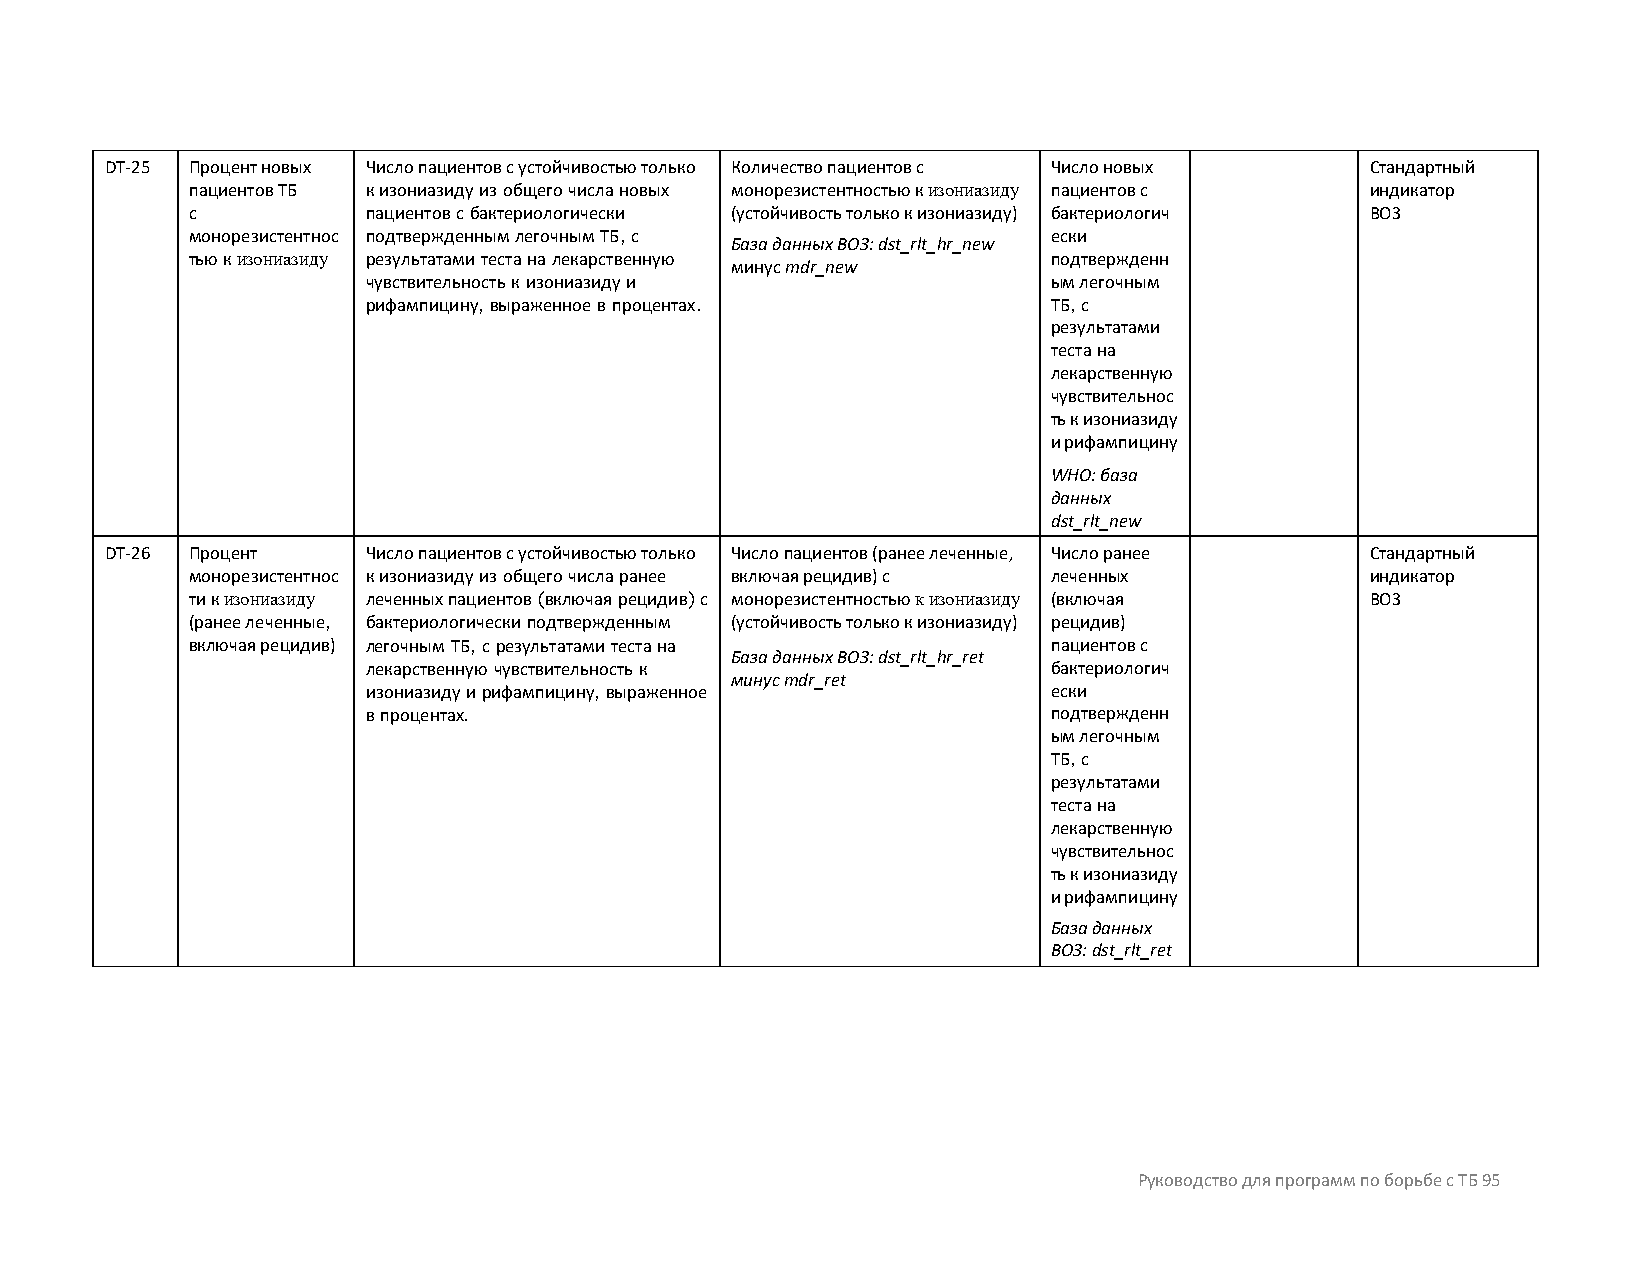
DT-25 Процент новых Число пациентов с устойчивостью только Количество пациентов с Число новых Стандартный
 пациентов ТБ к изониазиду из общего числа новых монорезистентностью к изониазиду пациентов с индикатор
 с           пациентов с бактериологически (устойчивость только к изониазиду) бактериологич ВОЗ
 монорезистентнос подтвержденным легочным ТБ, с            ески
 База данных ВОЗ: dst_rlt_hr_new
 тью к изониазиду результатами теста на лекарственную      подтвержденн
 минус mdr_new
 чувствительность к изониазиду и               ым легочным
 рифампицину, выраженное в процентах.          ТБ, с
 результатами
 теста на
 лекарственную
 чувствительнос
 ть к изониазиду
 и рифампицину
 WHO: база
 данных
 dst_rlt_new
 DT-26 Процент    Число пациентов с устойчивостью только Число пациентов (ранее леченные, Число ранее Стандартный
 монорезистентнос к изониазиду из общего числа ранее включая рецидив) с леченных индикатор
 ти к изониазиду леченных пациентов (включая рецидив) с монорезистентностью к изониазиду (включая ВОЗ
 (ранее леченные, бактериологически подтвержденным (устойчивость только к изониазиду) рецидив)
 включая рецидив) легочным ТБ, с результатами теста на     пациентов с
 База данных ВОЗ: dst_rlt_hr_ret
 лекарственную чувствительность к              бактериологич
 минус mdr_ret
 изониазиду и рифампицину, выраженное          ески
 в процентах.                                  подтвержденн
 ым легочным
 ТБ, с
 результатами
 теста на
 лекарственную
 чувствительнос
 ть к изониазиду
 и рифампицину
 База данных
 ВОЗ: dst_rlt_ret
 Руководство для программ по борьбе с ТБ 95